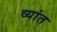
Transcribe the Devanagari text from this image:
व्यांत